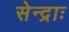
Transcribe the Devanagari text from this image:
सेन्द्राः